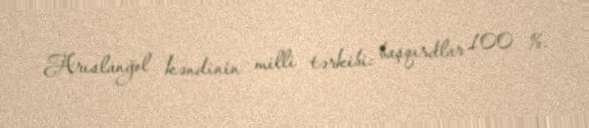
Arıslanğol kəndinin milli tərkibi: başqırdlar 100 %.